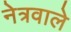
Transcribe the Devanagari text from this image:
नेत्रवाले